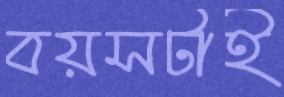
বয়সটাই